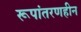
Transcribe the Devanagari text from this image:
रूपांतरणहीन